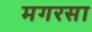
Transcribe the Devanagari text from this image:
मगरसा